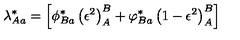
\lambda _ { A a } ^ { * } = \left[ \phi _ { B a } ^ { * } \left( \epsilon ^ { 2 } \right) _ { A } ^ { B } + \varphi _ { B a } ^ { * } \left( 1 - \epsilon ^ { 2 } \right) _ { A } ^ { B } \right]